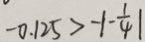
- 0 . 1 2 5 > - \vert - \frac { 1 } { 4 } \vert